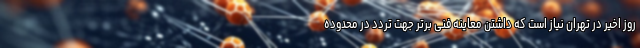
روز اخیر در تهران نیاز است که داشتن معاینه فنی برتر جهت تردد در محدوده